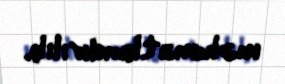
məlumatlandırılıb.